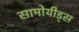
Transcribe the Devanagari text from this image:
सामोयीड्स